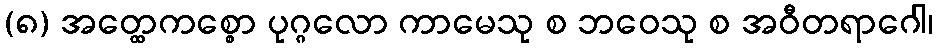
(၈) အတ္ထေကစ္စော ပုဂ္ဂလော ကာမေသု စ ဘဝေသု စ အဝီတရာဂေါ၊